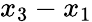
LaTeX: x_{3}-x_{1}